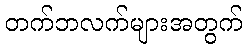
တက်ဘလက်များအတွက်